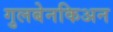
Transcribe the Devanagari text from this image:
गुलबेनकिअन